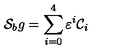
{ \cal S } _ { b } g = \sum _ { i = 0 } ^ { 4 } \varepsilon ^ { i } { \cal C } _ { i }